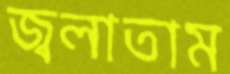
জ্বলাতাম